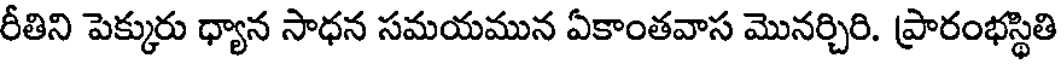
రీతిని పెక్కురు ధ్యాన సాధన సమయమున ఏకాంతవాస మొనర్చిరి. ప్రారంభస్థితి